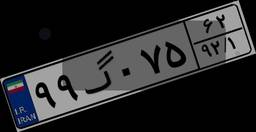
۹۹گ۰۷۵۶۲